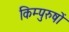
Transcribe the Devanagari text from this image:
किम्पुरुषों